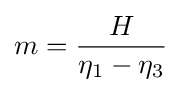
m={\frac {H}{\eta _{1}-\eta _{3}}}